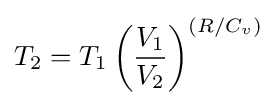
T_{2}=T_{1}\left({\frac {V_{1}}{V_{2}}}\right)^{(R/C_{v})}